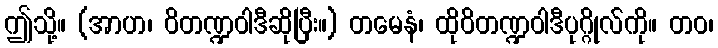
ဤသို့။ (အာဟ၊ ဝိတဏ္ဍဝါဒီဆိုပြီး။) တမေနံ၊ ထိုဝိတဏ္ဍဝါဒီပုဂ္ဂိုလ်ကို။ တဝ၊